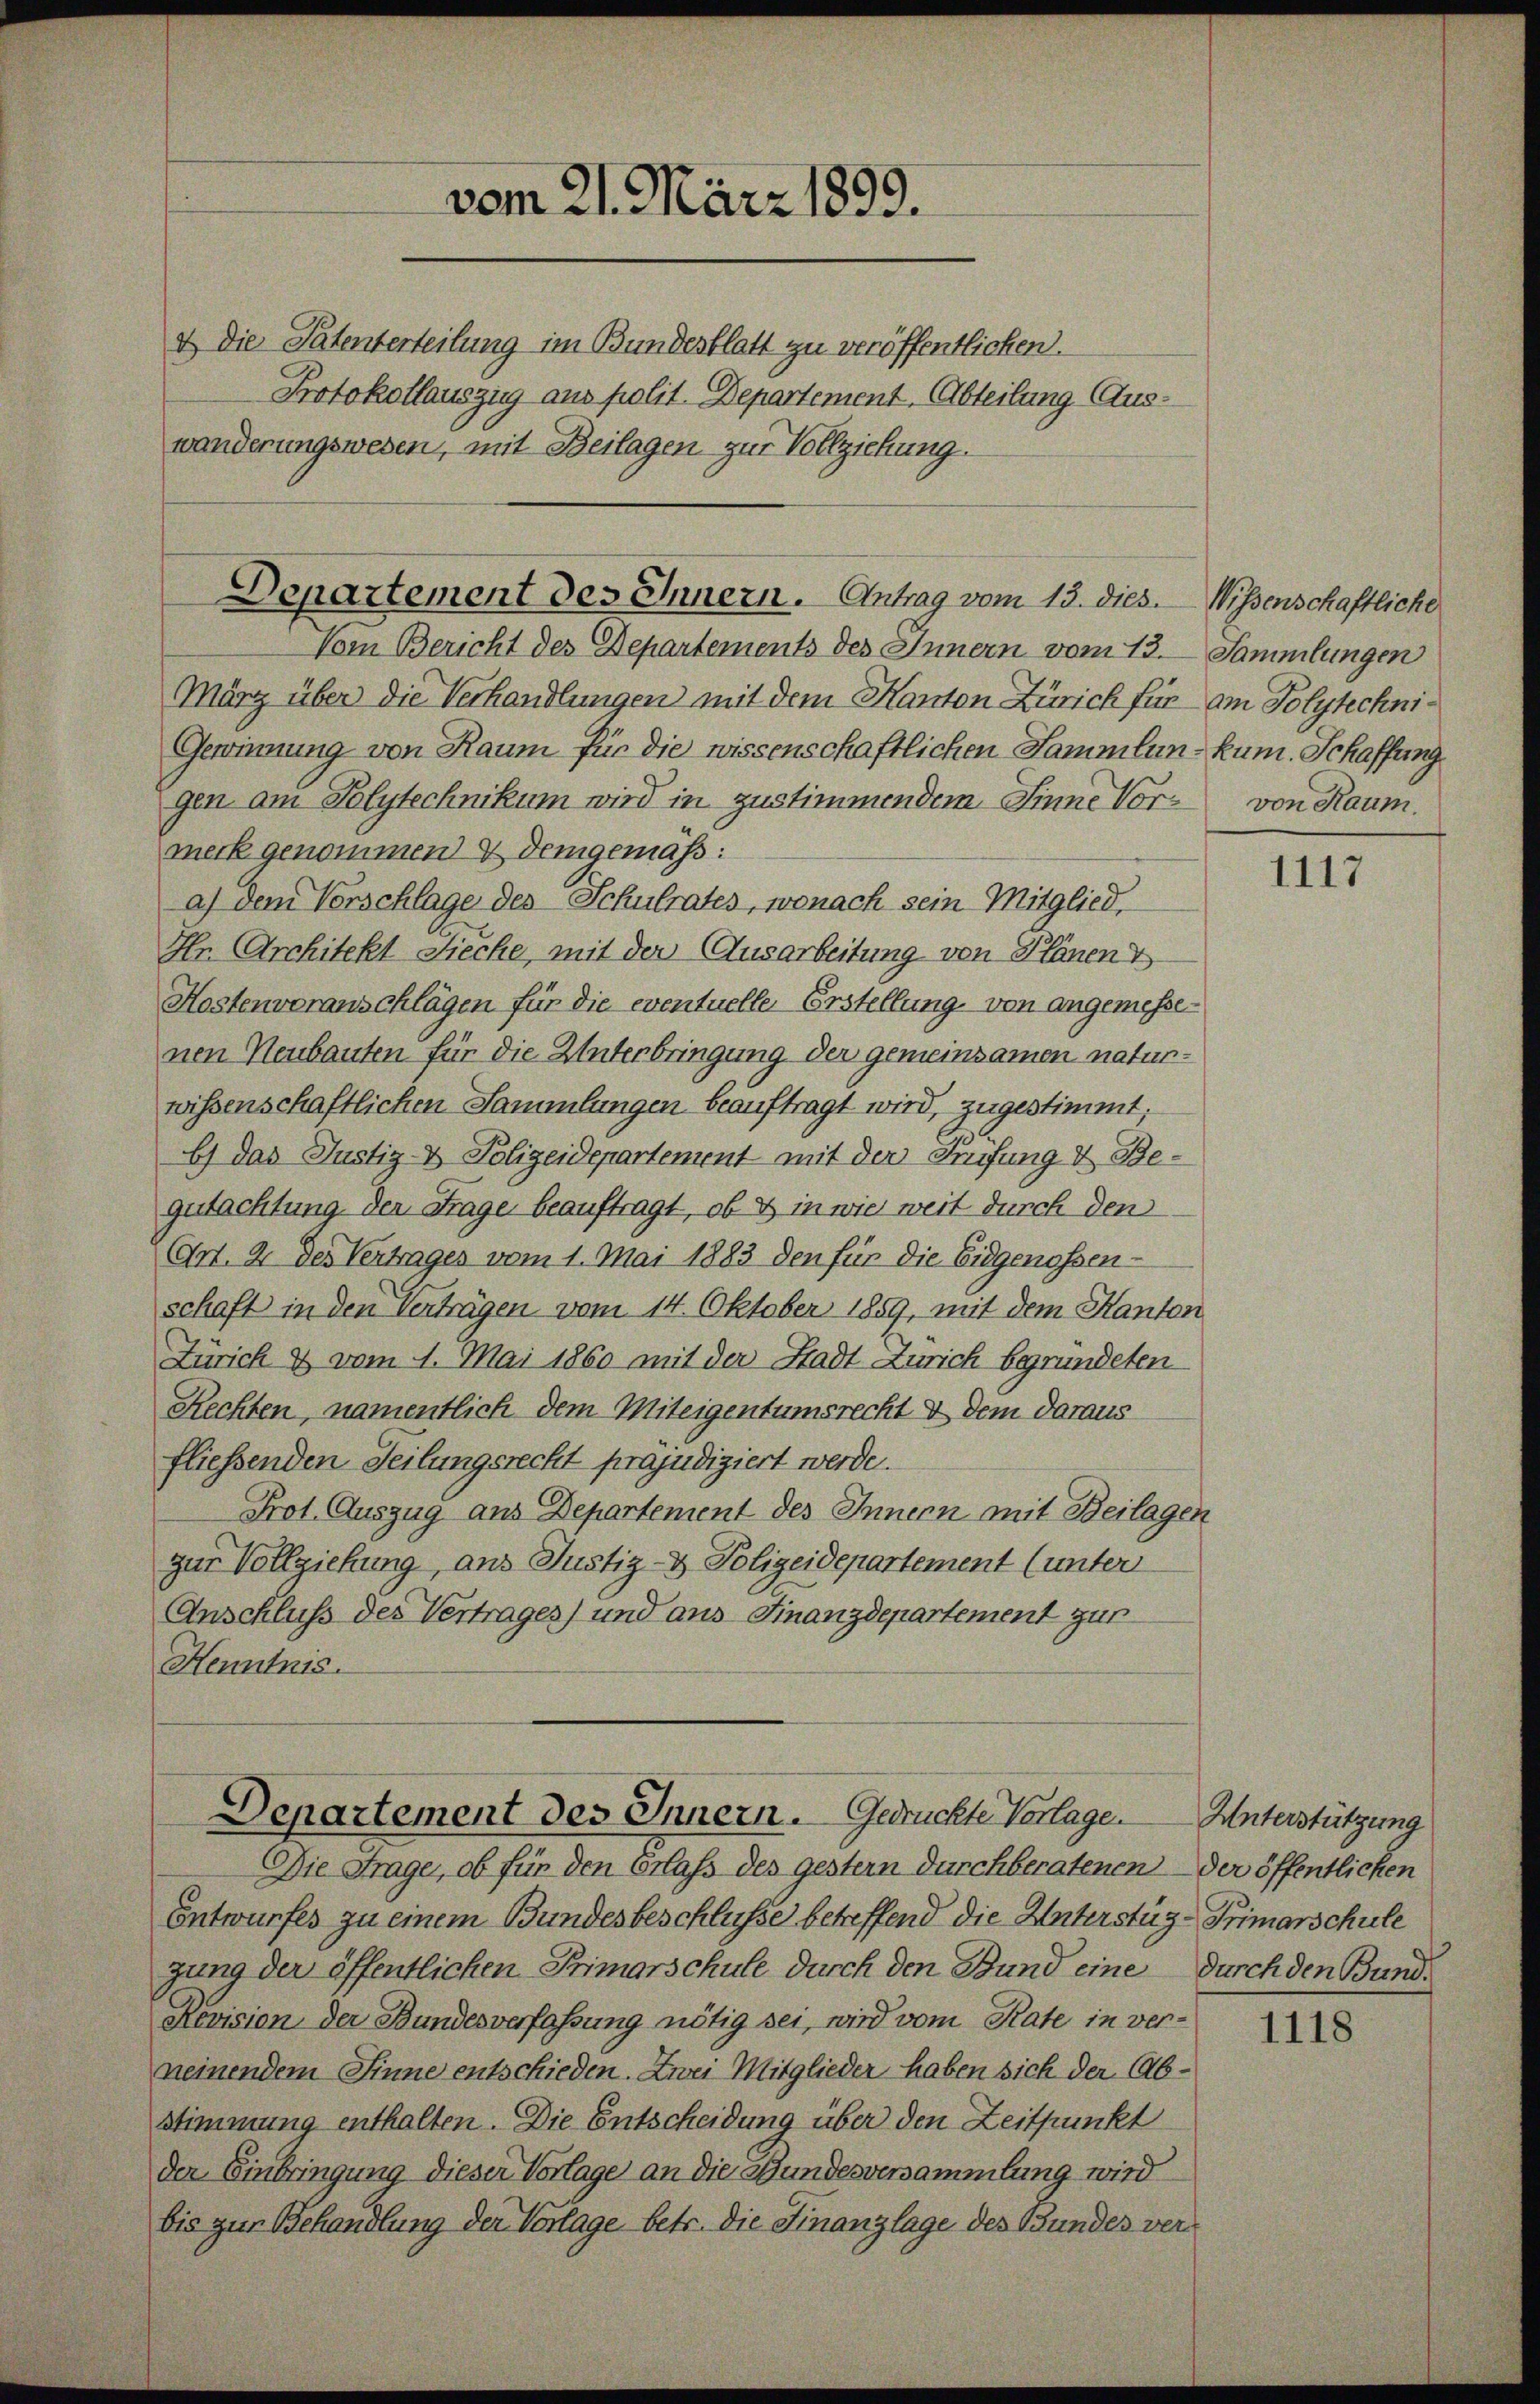
& Die Patenterteilung im Bundesblatt zu veröffentlichen.
Protokollauszug aus polit. Departement, (Abteilung Auswänderungswesen, mit Beilagen zur Vollziehung.

vom 21. März 1899.

Departement des Innern. Antrag vom 13. dies. Wissenschaftliche
Vom Bericht des Departements des Innern vom 13. Sammlungen

Departement des Innern. Gedrückte Vorlage.

März über die Verhandlungen mit dem Kanton Zürich für am Polytechni¬
Gewinnung von Raum für die wissenschaftlichen Sammlun-kum. Schaffung
gen am Polytechnikum wird in zustimmendem Sinne Vormerk genommen & demgemäß:
a) dem Vorschlage des Schulrates, wonach sein Mitglied
Hr. Architekt Sieche, mit der Ausarbeitung von Plänen &
Kostenvoranschlägen für die eventuelle Erstellung von angemessenen Neubauten für die Unterbringung der gemeinsamen naturwissenschaftlichen Sammlungen beauftragt wird, zugestimmt;
b) das Justiz- & Polizeidepartement mit der Prüfung & Begutachtung der Frage beauftragt, ob & in wie weit durch den
Crt. 2 des Vertrages vom 1. Mai 1883 den für die Eidgenossen-
schaft in den Verträgen vom 14. Oktober 1859, mit dem Kanton
Zürich & vom 1. Mai 1860 mit der Stadt Zürich begründeten
Rechten, namentlich dem Miteigentumsrecht & dem daraus
fliessenden Teilungsrecht präjudiziert werde.
Prot. Auszug aus Departement des Innern mit Beilagen
zur Vollziehung, aus Justiz- & Polizeidepartement (unter
Anschluss des Vertrages) und aus Finanzdepartement zur
Henntnis.

Die Frage, ob für den Erlass des gestern durchberatenen der öffentlichen
Entwurfes zu einem Bundesbeschlüsse betreffend die Unterstüg-Primarschule
gung der öffentlichen Primarschule durch den Bund eine durch den Bund¬
Revision der Bundesverfassung nötig sei, wird vom Rate in verneinendem Sinne entschieden. Zwei Mitglieder haben sich der Abstimmung enthalten. Die Entscheidung über den Zeitpunkt
der Einbringung dieser Vorlage an die Bundesversammlung wird
bis zur Behandlung der Verlage betr. die Finanzlage des Bundes ver¬

von Raum.

1117

Unterstützung

1118